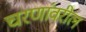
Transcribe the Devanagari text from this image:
चरणांवरील